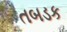
તબડક